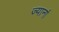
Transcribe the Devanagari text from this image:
ज्यानां